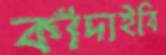
কাঁদাইবি